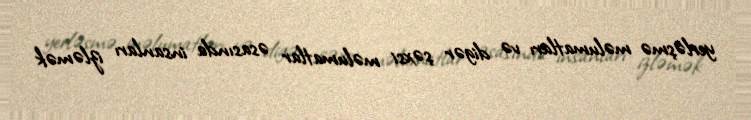
yerləşmə məlumatları və digər şəxsi məlumatlar əsasında insanları izləmək